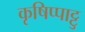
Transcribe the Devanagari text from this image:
कृषिप्पाट्टु